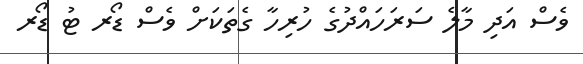
ވެސް އަދި މާލެ ސަރަހައްދުގެ ހުރިހާ ގެތަކަށް ވެސް ޑޯރ ޓު ޑޯރ